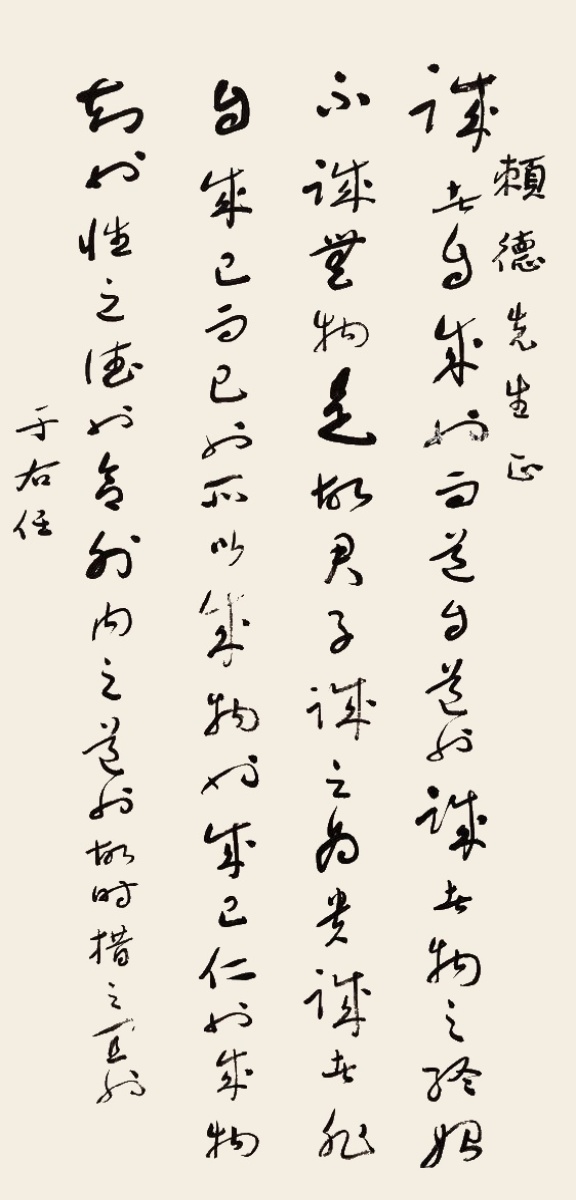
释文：诚者自成也，而道自道也，诚者物之终始，不诚无物。是故君子诚之为贵。诚者非自成己而已也，所以成物也。成己，仁也；成物，知也。性之德也，合外内之道也，故时措之宜也。赖德先生正，于右任。